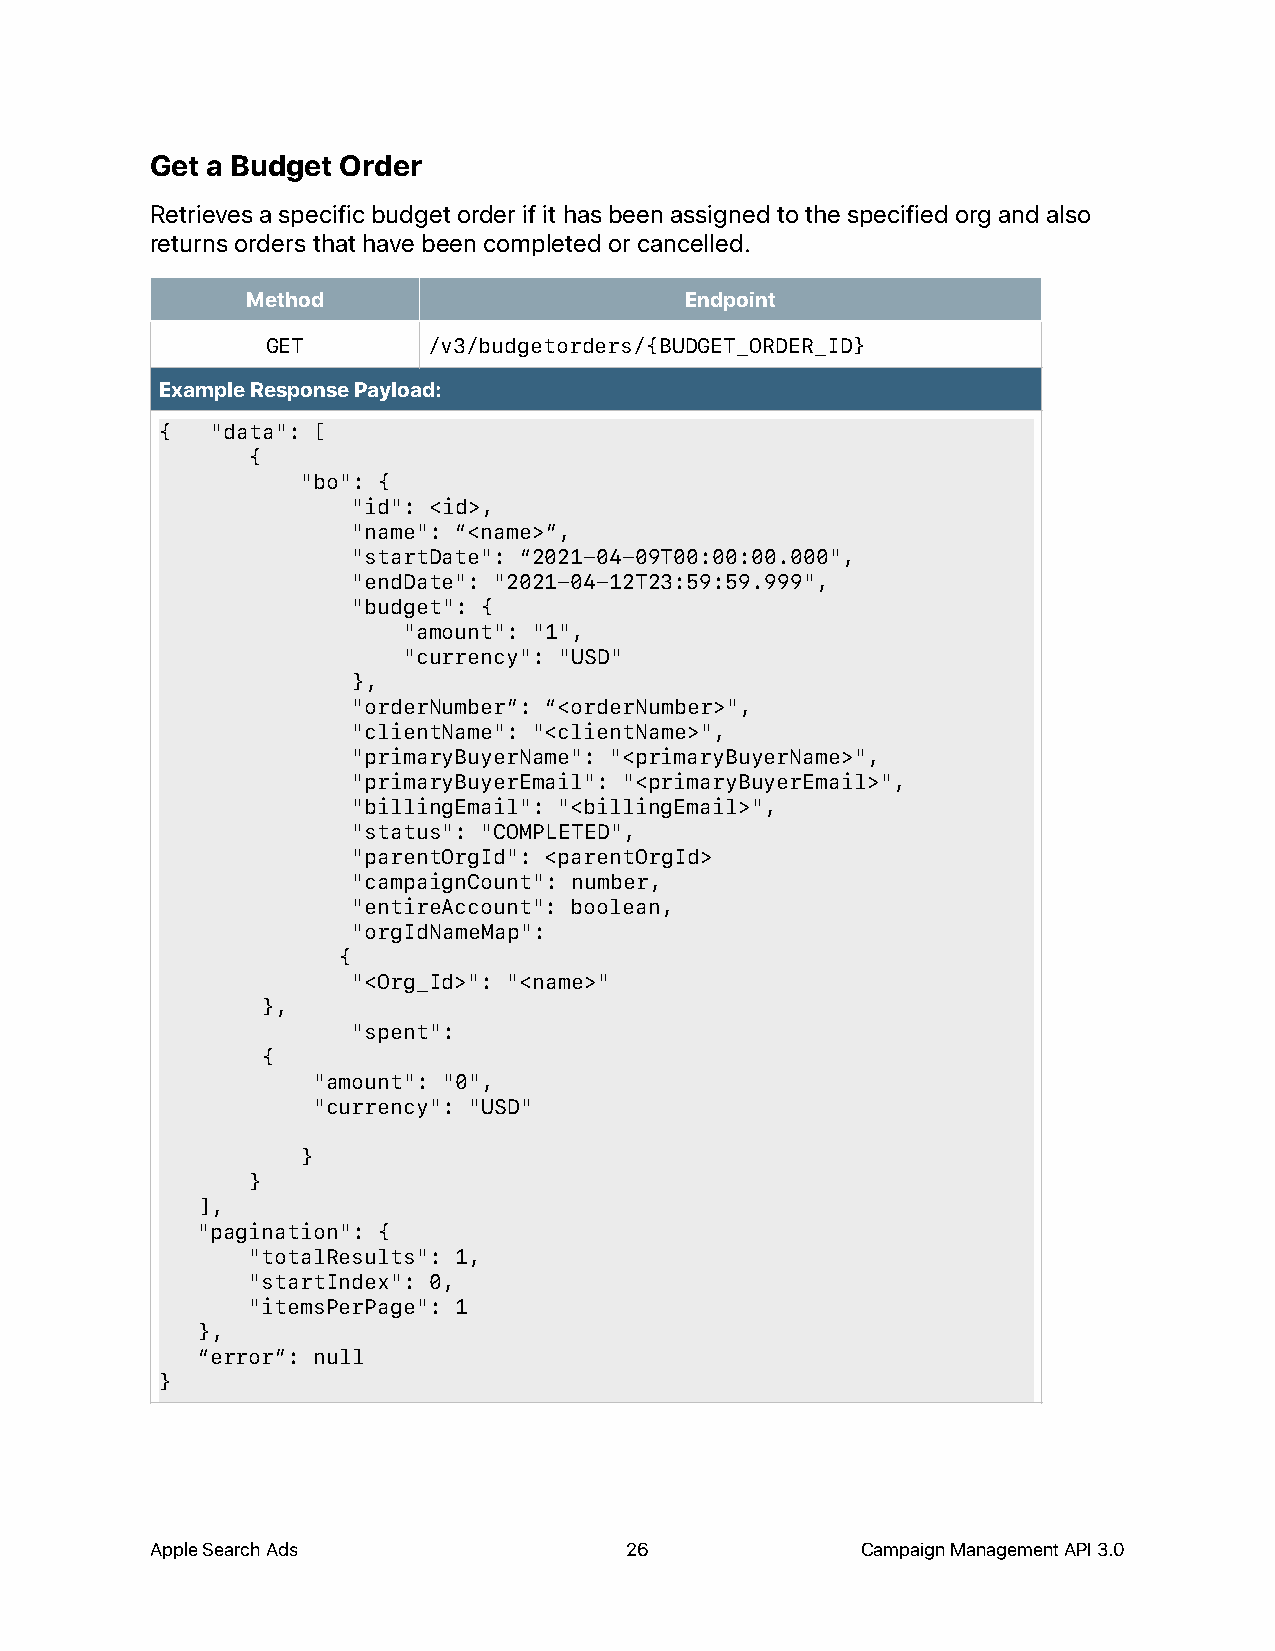
Get a Budget Order
 Retrieves a specific budget order if it has been assigned to the specified org and also
 returns orders that have been completed or cancelled.
 Method                       Endpoint
 GET       /v3/budgetorders/{BUDGET_ORDER_ID}
 Example Response Payload:
 {  "data": [
 {
 "bo": {
 "id": <id>,
 "name": “<name>”,
 "startDate": “2021-04-09T00:00:00.000",
 "endDate": "2021-04-12T23:59:59.999",
 "budget": {
 "amount": "1",
 "currency": "USD"
 },
 "orderNumber”: “<orderNumber>",
 "clientName": "<clientName>",
 "primaryBuyerName": "<primaryBuyerName>",
 "primaryBuyerEmail": "<primaryBuyerEmail>",
 "billingEmail": "<billingEmail>",
 "status": "COMPLETED",
 "parentOrgId": <parentOrgId>
 "campaignCount": number,
 "entireAccount": boolean,
 "orgIdNameMap":
 {
 "<Org_Id>": "<name>"
 },
 "spent":
 {
 "amount": "0",
 "currency": "USD"
 }
 }
 ],
 "pagination": {
 "totalResults": 1,
 "startIndex": 0,
 "itemsPerPage": 1
 },
 “error”: null
 }
 Apple Search Ads               26              Campaign Management API 3.0